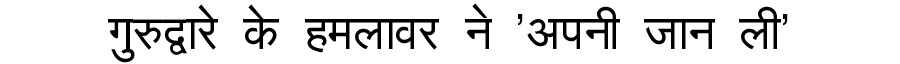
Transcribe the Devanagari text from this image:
गुरुद्वारे के हमलावर ने 'अपनी जान ली'